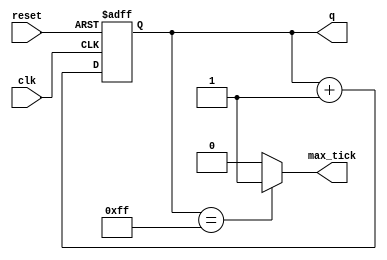
module binary_counter 
(
    input wire clk, reset,
    output reg [7:0] q,
    output reg max_tick    
);

reg [7:0] r_next;
reg [7:0] r_reg;

//memory/register/d_ff
always @(posedge clk, posedge reset) 
begin
    if (reset)
        r_reg <= 8'b0000_0000;
    else
        r_reg <= r_next;   
end

//next state logic
// assign r_next = r_reg + 1;
always @(*) 
begin
    r_next = r_reg + 1;    
end

//output logic
// assign q = r_reg;
// assign max_tick = (r_reg==8'b1111_1111) ? 1'b1 : 1'b0;

always @(*) 
begin
    q = r_reg;

    if (r_reg==8'b1111_1111) 
        begin
            max_tick = 1'b1;    
        end
    else
        begin
            max_tick = 1'b0;            
        end
end

endmodule